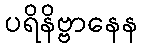
ပရိနိဗ္ဗာနေန